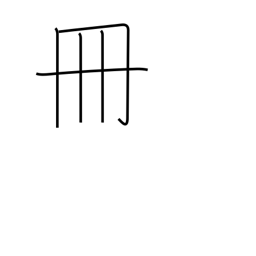
Meaning: volume